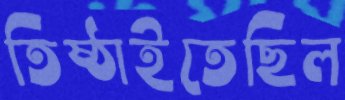
তিষ্ঠাইতেছিল